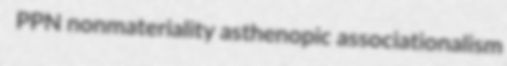
PPN nonmateriality asthenopic associationalism